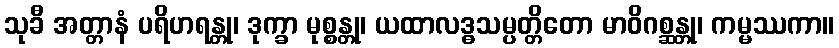
သုခီ အတ္တာနံ ပရိဟရန္တု၊ ဒုက္ခာ မုစ္စန္တု၊ ယထာလဒ္ဓသမ္ပတ္တိတော မာဝိဂစ္ဆန္တု၊ ကမ္မဿကာ။